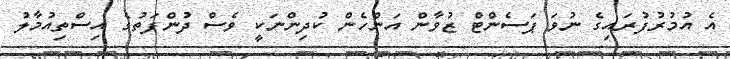
އެ އުމުރުފުރައިގެ ނުވަ ޕަސެންޓް ޒުވާން އަންހެން ކުދިންނަކީ ވެސް ދުންފަތުގެ އިސްތިއުމާލު